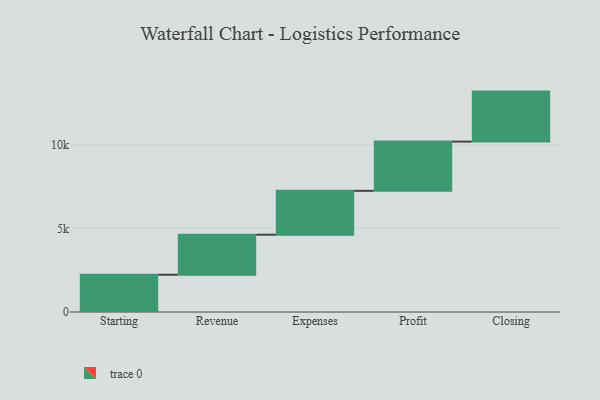
{"axis": {"x": "Step", "y": "Value"}, "legend": [""], "data": [{"x": "Starting", "y": 2229.0, "type": ""}, {"x": "Revenue", "y": 2394.0, "type": ""}, {"x": "Expenses", "y": 2626.0, "type": ""}, {"x": "Profit", "y": 2943.0, "type": ""}, {"x": "Closing", "y": 2991.0, "type": ""}]}